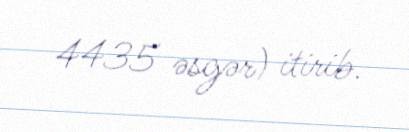
4435 əsgər) itirib.